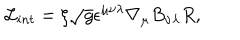
\mathcal { L } _ { i n t } = \xi \sqrt { g } \epsilon ^ { \mu \nu \lambda } \nabla _ { \mu } B _ { \nu \lambda } R ,